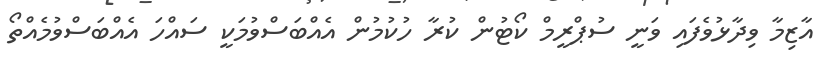
އާޒިމާ ވިދާޅުވެފައި ވަނީ ސުޕްރީމް ކޯޓުން ކުރާ ހުކުމުން އެއްބަސްވުމަކީ ސައްހަ އެއްބަސްވުމެއްތޯ